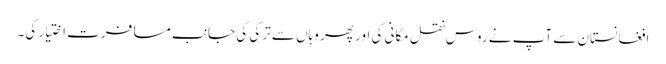
افغانستان سے آپ نے روس نقل مکانی کی اور پھر وہاں سے ترکی کی جانب مسافرت اختیار کی۔